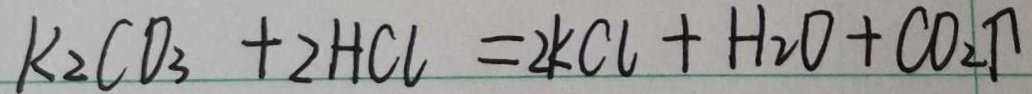
k _ { 2 } C O _ { 3 } + 2 H C l = 2 k C l + H _ { 2 } O + C O _ { 2 } \uparrow